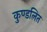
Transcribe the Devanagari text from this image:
कुण्डलित